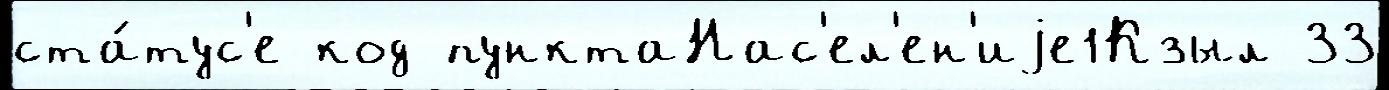
ста́тус'е код пунктаНас'ел'ен'иjе1Кзыл 33